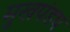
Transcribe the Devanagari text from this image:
मुखपंडप